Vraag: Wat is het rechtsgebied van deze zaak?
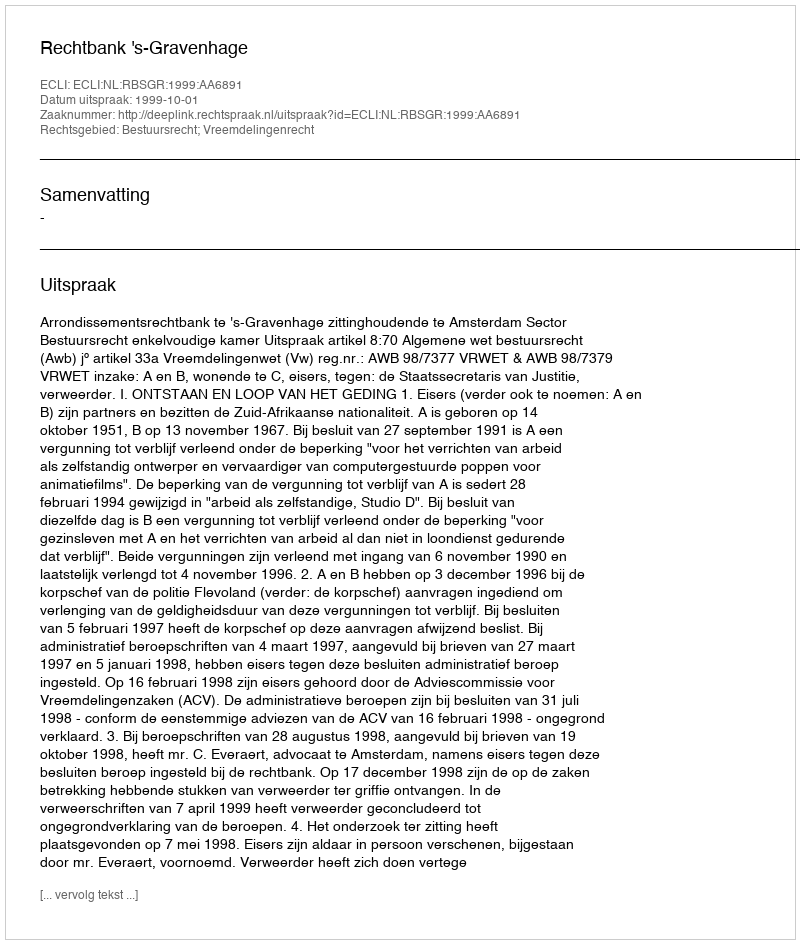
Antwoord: Bestuursrecht; Vreemdelingenrecht